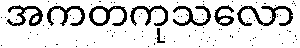
အကတကုသလော